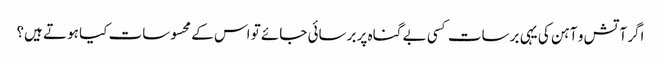
‏اگر آتش و آہن کی یہی برسات کسی بے گناہ پر برسائی جائے تو اس کے محسوسات کیا ہوتے ہیں؟